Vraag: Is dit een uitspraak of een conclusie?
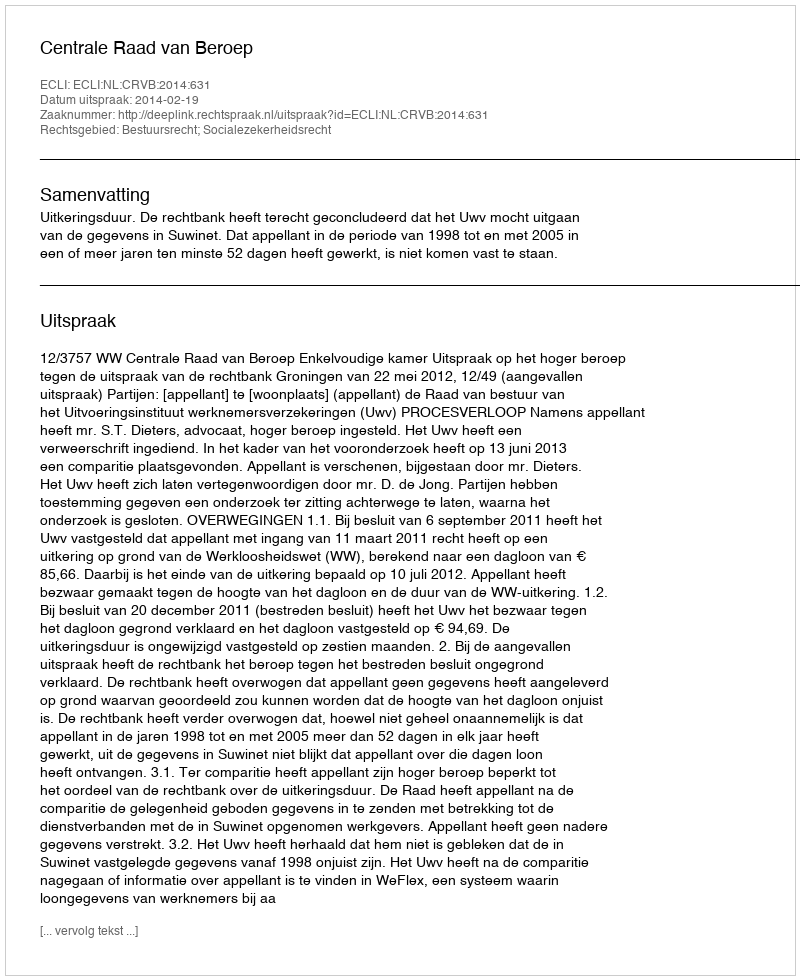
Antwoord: Uitspraak